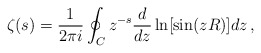
\begin{align*}\zeta (s)=\frac{1}{2\pi i}\oint_Cz^{-s}\frac{d}{dz}\ln [\sin (zR)] dz\,{,}\end{align*}